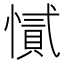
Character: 㦐